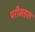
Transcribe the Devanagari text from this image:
परीमहल